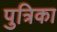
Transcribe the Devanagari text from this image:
पुत्रिका